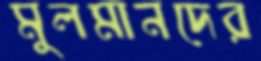
মুলমানদের